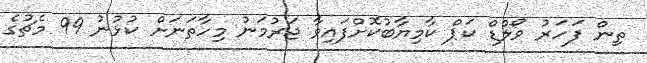
ތިން ފަހަރު ވޯލްޑް ކަޕް ކާމިޔާބުކޮށްފައިވާ ޖަރުމަނު މިހާތަނަށް ކުޅުނު 99 މެޗުގެ